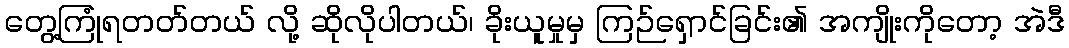
တွေ့ကြုံရတတ်တယ် လို့ ဆိုလိုပါတယ်၊ ခိုးယူမှုမှ ကြဉ်ရှောင်ခြင်း၏ အကျိုးကိုတော့ အဲဒီ